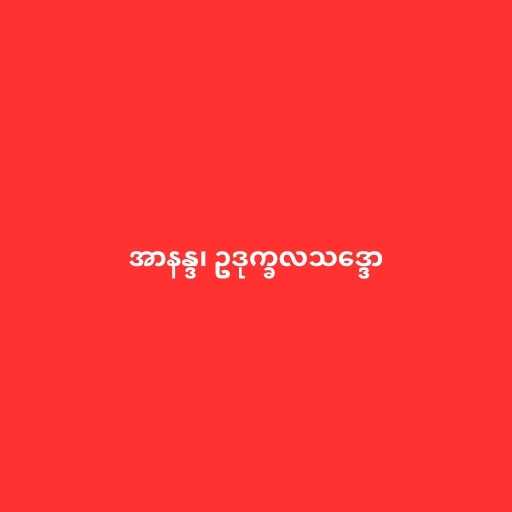
အာနန္ဒ၊ ဥဒုက္ခလသဒ္ဒော